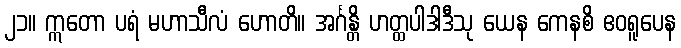
၂၁။ ဣတော ပရံ မဟာသီလံ ဟောတိ။ အင်္ဂန္တိ ဟတ္ထပါဒါဒီသု ယေန ကေနစိ ဧဝရူပေန